Report of the Indian Hemp Drugs Commission, 1894-1895 - Volume I
Year: 1894
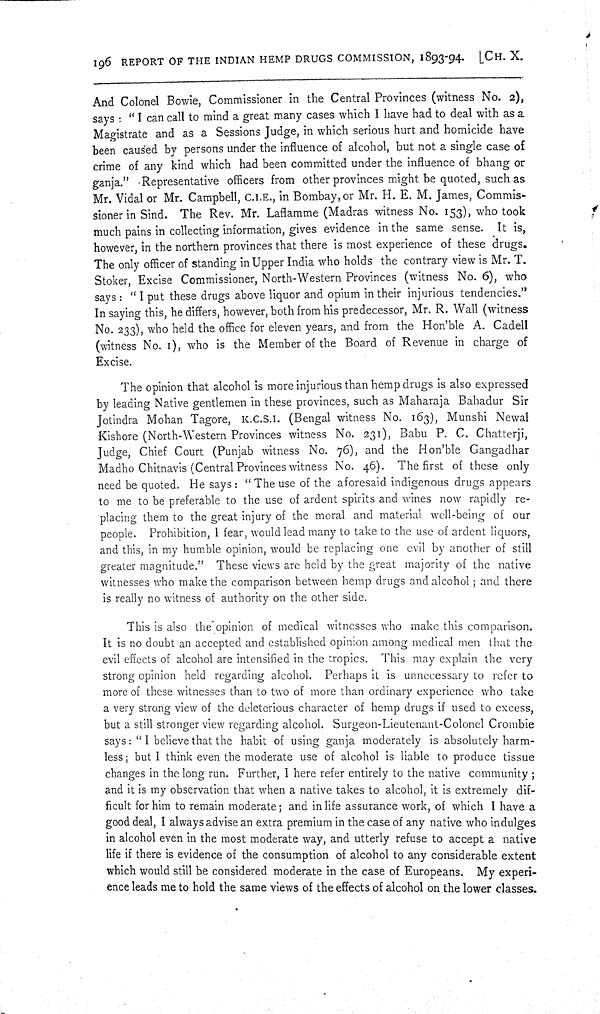
196 REPORT OF THE INDIAN HEMP DRUGS COMMISSION, 1893-94. [CH. X.
And Colonel Bowie, Commissioner in the Central Provinces (witness No. 2),
says: "I can call to mind a great many cases which I have had to deal with as a
Magistrate and as a Sessions Judge, in which serious hurt and homicide have
been caused by persons under the influence of alcohol, but not a single case of
crime of any kind which had been committed under the influence of bhang or
ganja." Representative officers from other provinces might be quoted, such as
Mr. Vidal or Mr. Campbell, C.I.E., in Bombay, or Mr. H. E. M. James, Commis-
sioner in Sind. The Rev. Mr. Laflamme (Madras witness No. 153), who took
much pains in collecting information, gives evidence in the same sense. It is,
however, in the northern provinces that there is most experience of these drugs.
The only officer of standing in Upper India who holds the contrary view is Mr. T.
Stoker, Excise Commissioner, North-Western Provinces (witness No. 6), who
says: "I put these drugs above liquor and opium in their injurious tendencies."
In saying this, he differs, however, both from his predecessor, Mr. R. Wall (witness
No. 233), who held the office for eleven years, and from the Hon'ble A. Cadell
(witness No. 1), who is the Member of the Board of Revenue in charge of
Excise.
The opinion that alcohol is more injurious than hemp drugs is also expressed
by leading Native gentlemen in these provinces, such as Maharaja Bahadur Sir
Jotindra Mohan Tagore, K.C.S.I. (Bengal witness No. 163), Munshi Newal
Kishore (North-Western Provinces witness No. 231), Babu P. C. Chatterji,
Judge, Chief Court (Punjab witness No. 76), and the Hon'ble Gangadhar
Madho Chitnavis (Central Provinces witness No. 46). The first of these only
need be quoted. He says: "The use of the aforesaid indigenous drugs appears
to me to be preferable to the use of ardent spirits and wines now rapidly re-
placing them to the great injury of the moral and material well-being of our
people. Prohibition, I fear, would lead many to take to the use of ardent liquors,
and this, in my humble opinion, would be replacing one evil by another of still
greater magnitude." These views are held by the great majority of the native
witnesses who make the comparison between hemp drugs and alcohol; and there
is really no witness of authority on the other side.
This is also the opinion of medical witnesses who make this comparison.
It is no doubt an accepted and established opinion among medical men that the
evil effects of alcohol are intensified in the tropics. This may explain the very
strong opinion held regarding alcohol. Perhaps it is unnecessary to refer to
more of these witnesses than to two of more than ordinary experience who take
a very strong view of the deleterious character of hemp drugs if used to excess,
but a still stronger view regarding alcohol. Surgeon-Lieutenant-Colonel Crombie
says: "I believe that the habit of using ganja moderately is absolutely harm-
less; but I think even the moderate use of alcohol is liable to produce tissue
changes in the long run. Further, I here refer entirely to the native community;
and it is my observation that when a native takes to alcohol, it is extremely dif-
ficult for him to remain moderate; and in life assurance work, of which I have a
good deal, I always advise an extra premium in the case of any native who indulges
in alcohol even in the most moderate way, and utterly refuse to accept a native
life if there is evidence of the consumption of alcohol to any considerable extent
which would still be considered moderate in the case of Europeans. My experi-
ence leads me to hold the same views of the effects of alcohol on the lower classes.